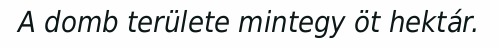
A domb területe mintegy öt hektár.